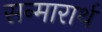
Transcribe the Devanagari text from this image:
सन्मारार्थ